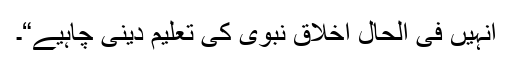
انہیں فی الحال اخلاق نبوی کی تعلیم دینی چاہیے“۔